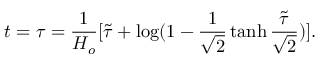
t = \tau = \frac { 1 } { H _ { o } } [ \tilde { \tau } + \log ( 1 - \frac { 1 } { \sqrt { 2 } } \operatorname { t a n h } \frac { \tilde { \tau } } { \sqrt { 2 } } ) ] .